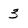
Character: 3